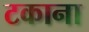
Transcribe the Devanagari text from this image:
टकाना